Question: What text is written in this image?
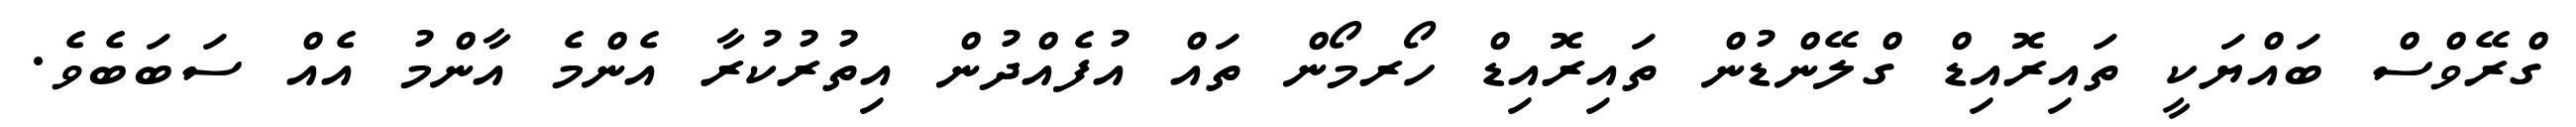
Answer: ގްރޭވްސް ބައްޔަކީ ތައިރޮއިޑް ގްލޭންޑުން ތައިރޮއިޑް ހޯރމޯން ތައް އުފެއްދުން އިތުރުކުރާ އެންމެ އާންމު އެއް ސަބަބެވެ.